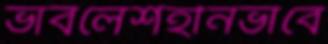
ভাবলেশহীনভাবে